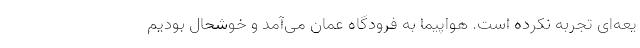
یعه‌ای تجربه نکرده است. هواپیما به فرودگاه عمان می‌آمد و خوشحال بودیم